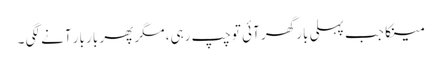
مینکا جب پہلی بار گھر آئی تو چپ رہی، مگر پھر بار بار آنے لگی ۔